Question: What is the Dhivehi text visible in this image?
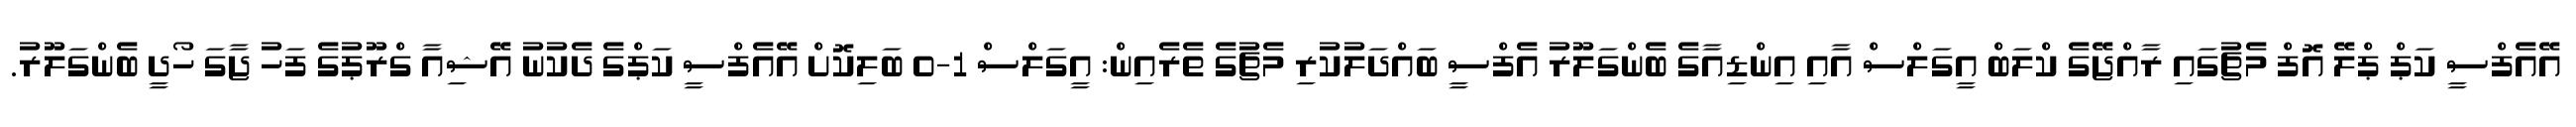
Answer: އޭއެފްސީ ކަޕް ޕްލޭ އޮފް މެޗުގައި ރާއްޖޭގެ ކްލަބް އީގަލްސް އާއި އިންޑިއާގެ ބެންގަލޫރު އެފްސީ ބައްދަލުކުރި މެޗުގެ ތެރެއިން: އީގަލްސް 1-0 ބަލިކޮށް އޭއެފްސީ ކަޕްގެ ދެކުނު އޭޝިއާ ގްރޫޕުގެ ފަހު ޖާގަ ހޯދީ ބެންގަލޫރު.